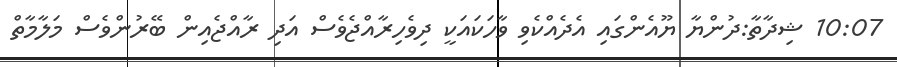
10:07 ޝިދާތާ:ދުންޔާ ޔޫއެންގައި އެދެއްކެވި ވާހަކައަކީ ދިވެހިރާއްޖެވެސް އަދި ރާއްޖެއިން ބޭރުންވެސް މަލާމާތް